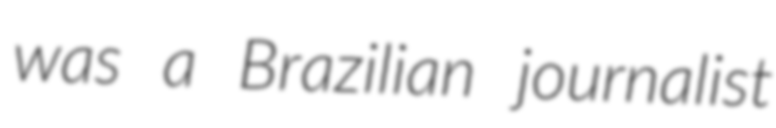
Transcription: was a Brazilian journalist